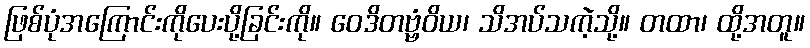
ဖြစ်ပုံအကြောင်းကိုပေးပို့ခြင်းကို။ ဝေဒိတဗ္ဗံဝိယ၊ သိအပ်သကဲ့သို့။ တထာ၊ ထို့အတူ။